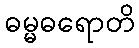
ဓမ္မဓရောတိ